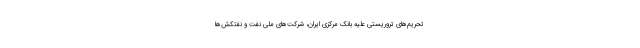
تحریم‌های تروریستی علیه بانک مرکزی ایران، شرکت‌های ملی نفت و نفتکش‌ها